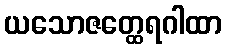
ယသောဇတ္ထေရဂါထာ